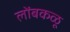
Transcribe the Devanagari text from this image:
लोंबकळू